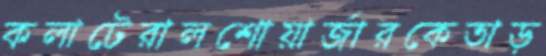
কলাটেরালশোয়ার্জারকেতাড়